Bombay plague: being a history of the progress of plague in the Bombay presidency from September 1896 to June 1899
Year: 1896
Disease focus: Plague
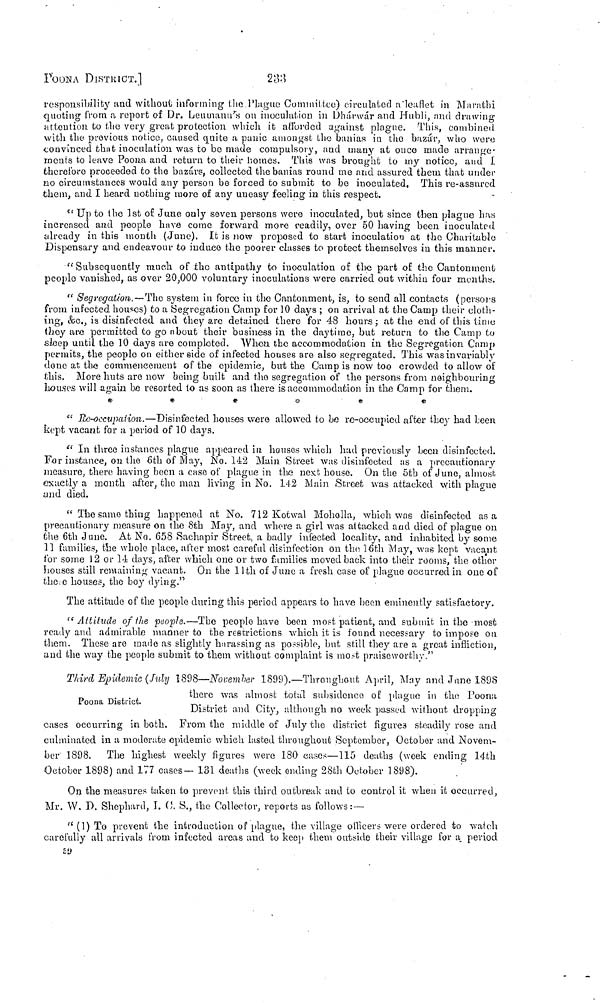
PΟΟΝA DISTRICT.]
233
responsibility and without informing the Plague Committee) circulated a leaflet in Marathi
quoting from a report of Dr. Leuman's on inoculution in Dhárwár and Hubli, and drawing
attention to the very great protection which it afforded against plague. This, combined
with the previous notice, caused quite a panic amongst the banias in the bazár, who were
convinced that inoculation was to be made compulsory, and many at once made arrange-
ments to leave Poona and return to their homes. This was brought to my notice, and I
therefore proceeded to the bazárs, collected the banias round me and assured them that under
no circumstances would any person be forced to submit to be inoculated. This re-assured
them, and I heard nothing more of any uneasy feeling in this respect.
"Up to the 1st of June only seven persons were inoculated, but since then plague has
increased and people have come forward more readily, over 50 having been inoculated
already in this mouth (June). It is now proposed to start inoculation at the Charitable
Dispensary and endeavour to induce the poorer classes to protect themselves in this manner.
"Subsequently much of the antipathy to inoculation of the part of the Cantonment
people vanished, as over 20,000 voluntary inoculations were carried out within four months.
"Segregation. —The system in force in the Cantonment, is, to send all contacts (persors
from infected houses) to a Segregation Camp for 10 days ; on arrival at the Camp their cloth-
Eng, &c., is disinfected and they are detained there for 48 hours; at the end of this time
they are permitted to go about their business in the daytime, but return to the Camp to
sleep until the 10 days are completed. When the accommodation in the Segregation Camp
permits, the people on either side of infected houses are also segregated. This was in variably
done at the commencement of the epidemic, but the Camp is now too crowded to allow of
this. More huts are now being built and the segregation of the persons from neighbouring
houses will again be resorted to as soon as there is accommodation in the Camp for them.
*
*
*
*
*
*
"Re-occupation.—Disinfected houses were allowed to be re-occupied after they had Leen
kept vacant for a period of 10 days.
"In three instances plague appeared in houses which had previously been disinfected.
For instance, on the 6th of May, No. 142 Main Street was disinfected as a precautionary
measure, there having been a case of plague in the next house. On the 5th of June, almost
exactly a month after, the man living in No. 142 Main Street was attacked with plague
and died.
"The same thing happened at No. 712 Kotwal Moholla, which was disinfected as a
precautionary measure on the 8th May, and where a girl was attacked and died of plague on
the 6th June. At No. 658 Sachapir Street, a badly infected locality, and inhabited by some
11 families, the whole place, after most careful disinfection 011 the 16th May, was kept vacant
for some 12 or 14 days, after which one or two families moved back into their rooms, the other
houses still remaining vacant. On the 11th of June a fresh case of plague occurred in one of
these houses, the boy dying."
The attitude of the people during this period appears to have been eminently satisfactory.
"Altitude of the people.—The people have been most patient, and submit in the most
ready and admirable manner to the restrictions which it is found necessary to impose on
them. These aro made as slightly harassing as possible, but still they are a great infliction,
and the way the people submit to them without complaint is most praiseworthy."
Poona District.
Third Epidemic (July 1898— November 1899).—Throughout April, May and Jane 1898
there was almost total subsidence of plague in the Poona
District and City, although no week passed without dropping
cases occurring in both. From the middle of July the district figures steadily rose and
culminated in a moderate epidemic which lasted throughout September, October and Novem-
ber 1898.
The highest weekly figures were 180 cases—115 deaths (week ending 14th
October 1898) and 177 cases— 131 deaths (week ending 28th October 1898).
On the measures taken to prevent this third outbreak and to control it when it occurred,
Mr. W. P. Shephard, I. C. S., the Collector, reports as follows: —
"(1) To prevent the introduction of plague, the village officers were ordered to watch
carefully all arrivals from infected areas and to keep them outside their village for a. period
59